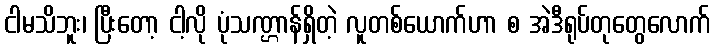
ငါမသိဘူး၊ ပြီးတော့ ငါ့လို ပုံသဏ္ဌာန်ရှိတဲ့ လူတစ်ယောက်ဟာ စ အဲဒီရုပ်တုတွေလောက်